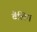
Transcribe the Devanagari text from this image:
वैलिन